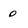
Character: 0